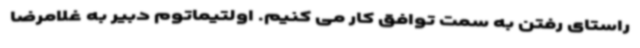
راستای رفتن به سمت توافق کار می کنیم. اولتیماتوم دبیر به غلامرضا